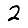
Digit: 2